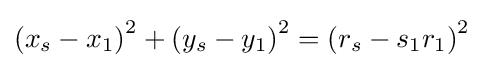
\left(x_{s}-x_{1}\right)^{2}+\left(y_{s}-y_{1}\right)^{2}=\left(r_{s}-s_{1}r_{1}\right)^{2}